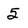
Character: 5